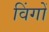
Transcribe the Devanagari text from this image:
विंगों